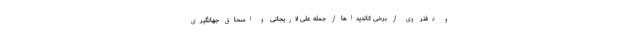
و دفتر وی از برخی کاندیداها از جمله علی لاریجانی و اسحاق جهانگیری